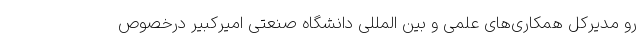
رو مدیرکل همکاری‌های علمی و بین المللی دانشگاه صنعتی امیرکبیر درخصوص